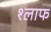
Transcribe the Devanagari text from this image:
श्लाफ